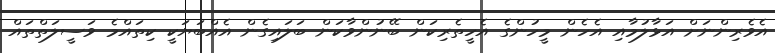
އެވެރިންނަށް އަޅާލުމާއި އެހެން މީހުންގެ އެހީތެރިކަން ބޭނުންވާކަން ބަލައިގެން އެއްބަޔަކީ ކިތައްމެ ވަސީލަތްތައް